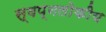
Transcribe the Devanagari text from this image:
स्वप्नलोकीय